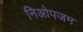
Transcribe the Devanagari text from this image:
निओपजम